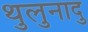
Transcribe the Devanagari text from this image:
थुलुनादु